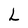
Character: L